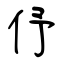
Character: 伃